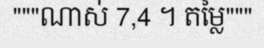
"""ណាស់ 7,4 ។ តម្លៃ"""